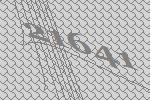
21641